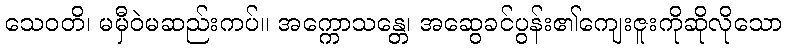
သေဝတိ၊ မမှီဝဲမဆည်းကပ်။ အက္ကောသန္တေ၊ အဆွေခင်ပွန်း၏ကျေးဇူးကိုဆိုလိုသော